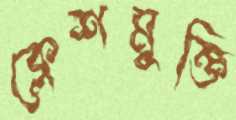
ক্লেশমুক্তি